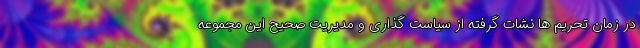
در زمان تحریم ها نشات گرفته از سیاست گذاری و مدیریت صحیح این مجموعه